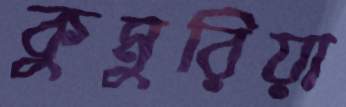
কুমুরিয়া